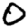
Digit: 0